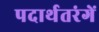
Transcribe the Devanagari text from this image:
पदार्थतरंगें